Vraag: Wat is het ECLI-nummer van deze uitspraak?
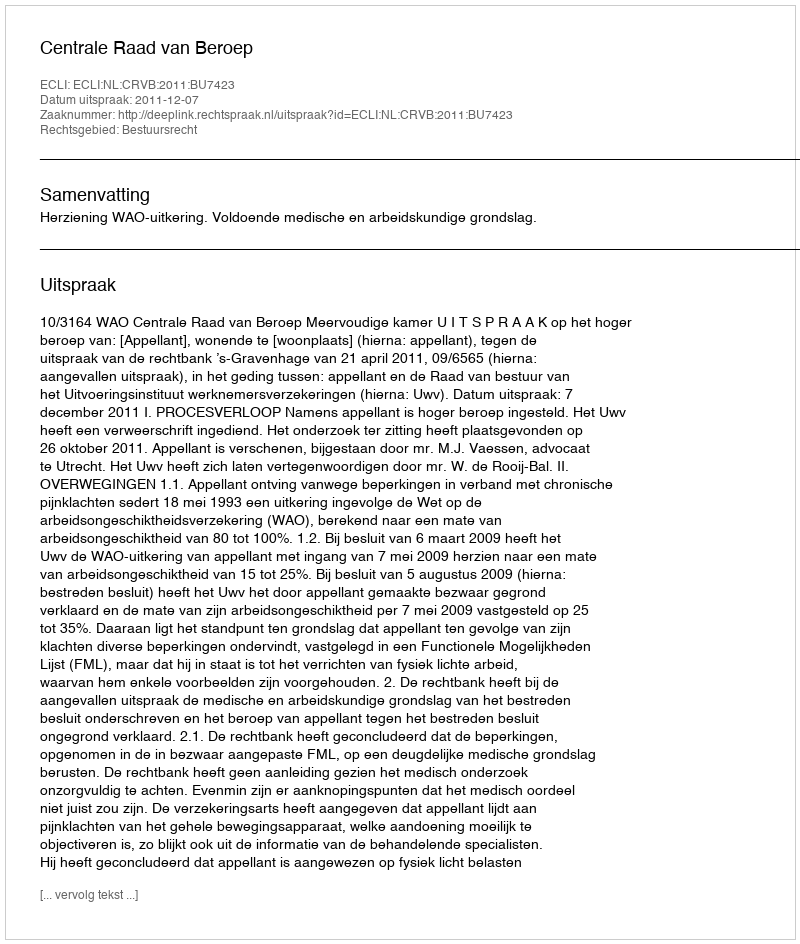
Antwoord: ECLI:NL:CRVB:2011:BU7423